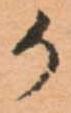
か